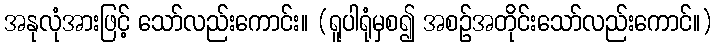
အနုလုံအားဖြင့် သော်လည်းကောင်း။ (ရူပါရုံမှစ၍ အစဉ်အတိုင်းသော်လည်းကောင်။)